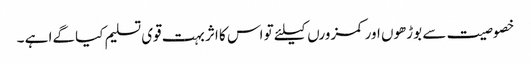
خصوصیت سے بوڑھوں اور کمزورں کیلئے تو اس کا اثر بہت قوی تسلیم کیا گےا ہے ۔